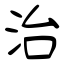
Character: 治